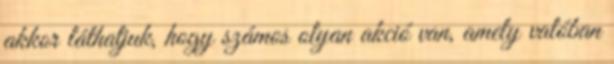
akkor láthatjuk, hogy számos olyan akció van, amely valóban